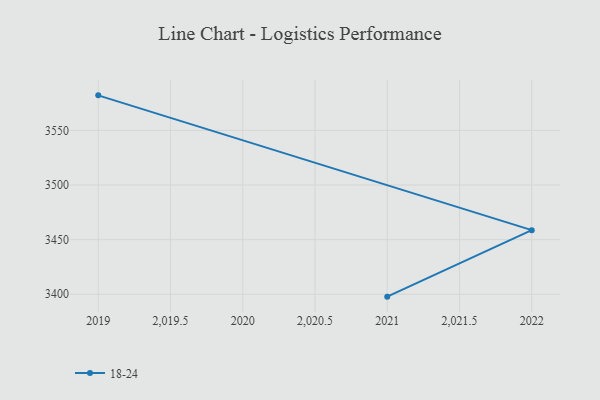
{"axis": {"x": "Year", "y": "Churn Rate (%)"}, "legend": ["18-24"], "data": [{"x": "2019", "y": 3582.1, "type": "18-24"}, {"x": "2022", "y": 3458.7, "type": "18-24"}, {"x": "2021", "y": 3397.8, "type": "18-24"}]}